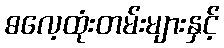
ဓလေ့ထုံးတမ်းများနှင့်